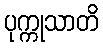
ပုက္ကုသာတိ